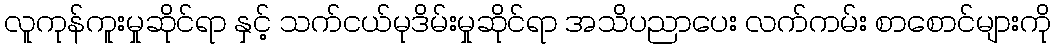
လူကုန်ကူးမှုဆိုင်ရာ နှင့် သက်ငယ်မုဒိမ်းမှုဆိုင်ရာ အသိပညာပေး လက်ကမ်း စာစောင်များကို